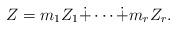
LaTeX: \begin{align*} Z=m_1Z_1\dot{+}\cdots\dot{+}m_rZ_r.\end{align*}